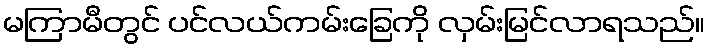
မကြာမီတွင် ပင်လယ်ကမ်းခြေကို လှမ်းမြင်လာရသည်။